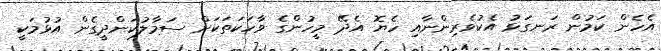
އެހެން ކަމުން ރަނގަޅު އެކުވެރިންނާއި ހެޔޮ އެދޭ މީހުންގެ ވާހަކަތަކަށް ސަމާލުކަންދީގެން އުޅުމަކީ